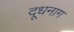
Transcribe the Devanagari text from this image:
दूधनाग